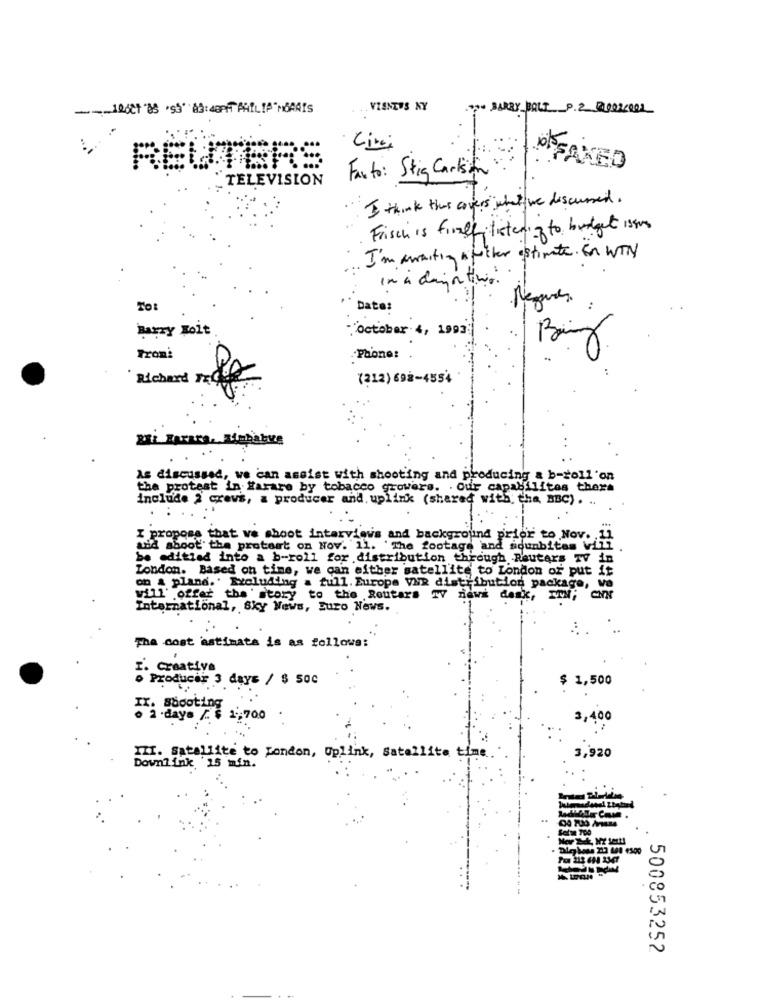
. VIENTOS NY
; BARRY BOLT P.Z QUEZCOOL
Live
REUTERS
Fax to: Stig Carlson
OP FAKED
TELEVISION
I think this covers what we discussed.
Frisch is finallylistening to budget issom
I'm waiting slutter estimate. En WTN
In a dayin their.
Negues
TO:
Date:
Barry Folt
""October . 4, 1993
Troni
Phone: .
10
Richard race
(212) 698-4554
As discussed, we can assist with shooting and producing & b-roll'on
the protest in Harare by tobacco growers. . Our capabilites there
include 2 crews, a producer and, uplink (shared with; the BBC) . ..
. . .
I propose that ve shoot interviews and background prior to Nov .,
and shoot the protast on Nov. 11. 'The footage and sounbitas Viii
be editied into a b-roll for distribution through Reuters TV
London. Based on time, we can either satellite to London of put it
on a plane.' Excluding a full. Europe VNR distribution package, ve
vill' offer the story to the Routers TV news desk, MM;
International, Sky News, Euro News.
The cost astimata is as follows:
I. Creative
Producir 3 days / $ 500
$ 1,500
IT: shooting
2 .days /. $ 1,700
3,400
3,920
III. Satellite to London, Uplink, Satellite time
Downlink '15 min.
500853252